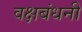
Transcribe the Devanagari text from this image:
वक्षबंधनी